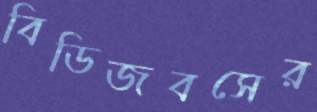
বিডিজবসের